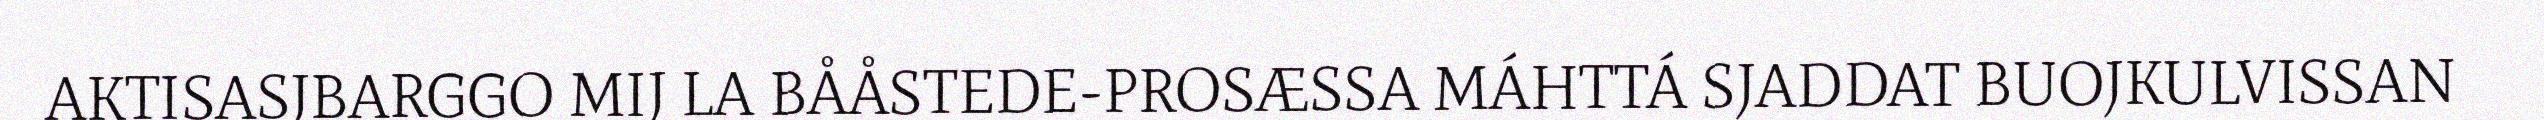
AKTISASJBARGGO MIJ LA BÅÅSTEDE-PROSÆSSA MÁHTTÁ SJADDAT BUOJKULVISSAN